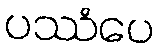
ပဿံပေ